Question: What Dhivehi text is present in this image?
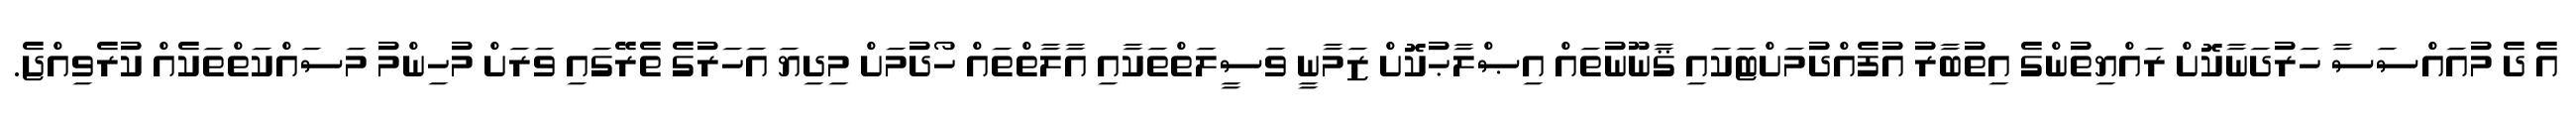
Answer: އެ ދެ މުއައްސަސާ ހަރުދަނާކޮށް ރައްޔިތުންގެ އިތުބާރު އުފެއްދުމަށްޓަކައި ޤާނޫނުތައް އިޞްލާޙުކޮށް ޒަމާނީ ވަސީލަތްތަކާއި އާލާތްތައް ހޯދުމަށް މިދިޔަ އަހަރުގެ ތެރޭގައި ވަރަށް މުހިންމު މަސައްކަތްތަކެއް ކުރެވިއްޖެ.